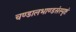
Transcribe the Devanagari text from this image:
चण्डालभाण्डसंस्पृष्टं